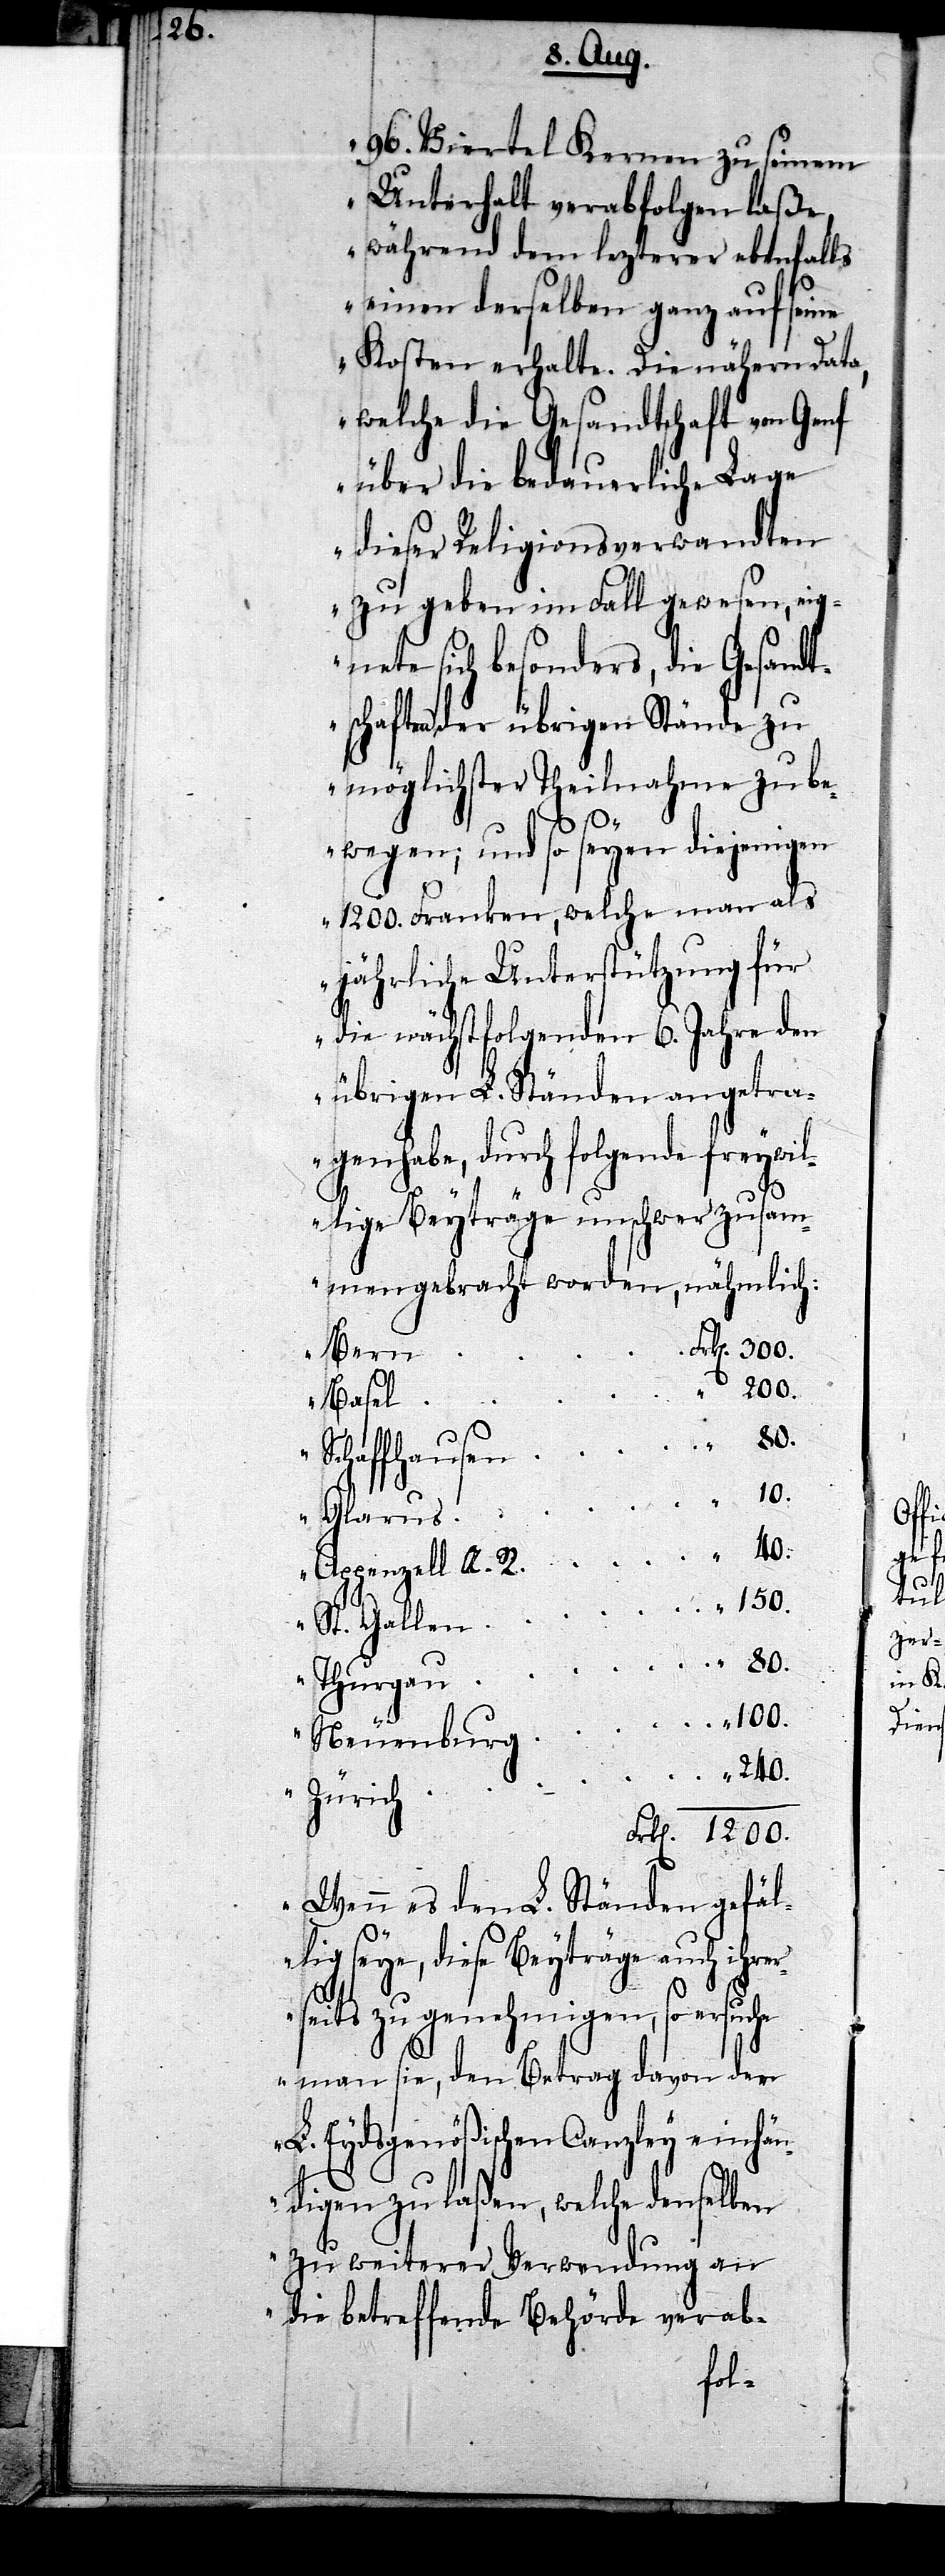
1200.

96. Viertel Kernen zu seinem
Unterhalt verabfolgen laße,
während dem lezterer ebenfalls
einen derselben ganz auf seine
Kosten erhalte. Die nähern Data,
welche die Gesandtschaft von Genf
über die bedauerliche Lage
dieser Religionsverwandten
zu geben im Fall gewesen, eig¬
nete sich besonders, die Gesandt¬
schaften der übrigen Stände zu
möglichster Theilnahme zu be¬
wegen; und so seyen diejenigen
1200. Franken, welche man als
jährliche Unterstützung für
die nächstfolgenden 6. Jahre den
übrigen L. Ständen angetra¬
gen habe, durch folgende freywil¬
lige Beyträge unschwer zusam¬
mengebracht worden, nähmlich:
Bern
Basel
Glarus
Appenzell A. R.
100.
Neuenburg
Zürich
Wenn es den L. Ständen gefäl¬
lig seye, diese Beyträge auch ihre¬
rseits zu genehmigen, so ersuc¬
he man sie, den Betrag davon der
L. Eydsgenößischen Canzley einhän¬
digen zu laßen, welche denselben
zu weiterer Verwendung an
die betreffende Behörde verab-